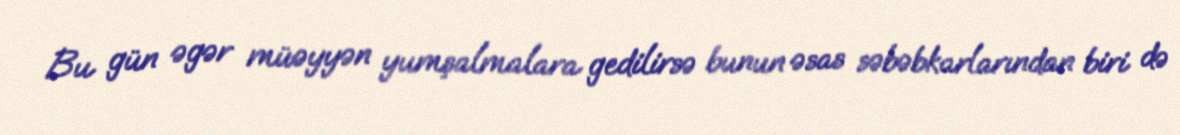
Bu gün əgər müəyyən yumşalmalara gedilirsə bunun əsas səbəbkarlarından biri də